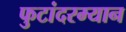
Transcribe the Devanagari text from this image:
फुटांदरम्यान